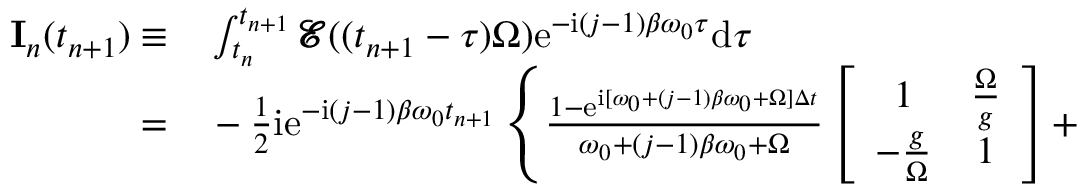
\begin{array} { r l } { \mathbf { I } _ { n } ( t _ { n + 1 } ) \equiv } & { { } \int _ { t _ { n } } ^ { t _ { n + 1 } } \pmb { \mathcal { E } } ( ( t _ { n + 1 } - \tau ) \Omega ) \mathrm { e } ^ { - \mathrm { i } ( j - 1 ) \beta \omega _ { 0 } \tau } \mathrm { d } \tau } \\ { = } & { { } - \frac { 1 } { 2 } \mathrm { i } \mathrm { e } ^ { - \mathrm { i } ( j - 1 ) \beta \omega _ { 0 } t _ { n + 1 } } \left\{ \frac { 1 - \mathrm { e } ^ { \mathrm { i } [ \omega _ { 0 } + ( j - 1 ) \beta \omega _ { 0 } + \Omega ] \Delta t } } { \omega _ { 0 } + ( j - 1 ) \beta \omega _ { 0 } + \Omega } \left[ \begin{array} { c c } { 1 } & { \frac { \Omega } { g } } \\ { - \frac { g } { \Omega } } & { 1 } \end{array} \right] + \right. } \end{array}